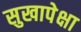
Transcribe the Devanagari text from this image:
सुखापेक्षा